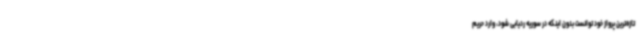
تازه‌ترین پرواز خود توانست بدون اینکه در سوریه ردیابی شود، وارد حریم